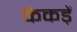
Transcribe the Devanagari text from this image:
केकड़ें